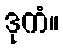
ဒုကံ။